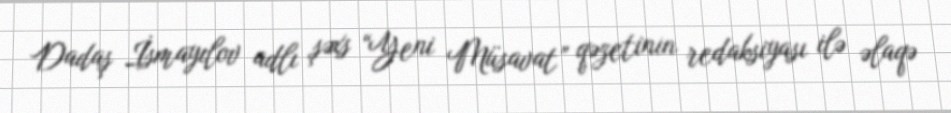
Dadaş İsmayılov adlı şəxs “Yeni Müsavat” qəzetinin redaksiyası ilə əlaqə